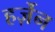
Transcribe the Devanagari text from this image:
हर्ज़ेन